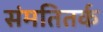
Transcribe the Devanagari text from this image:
संमतितर्क